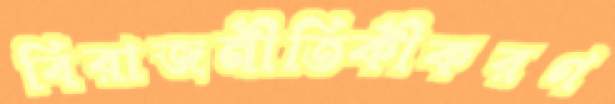
বিরাজনীতিকীকরণ